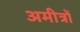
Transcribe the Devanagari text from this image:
अमीत्रों